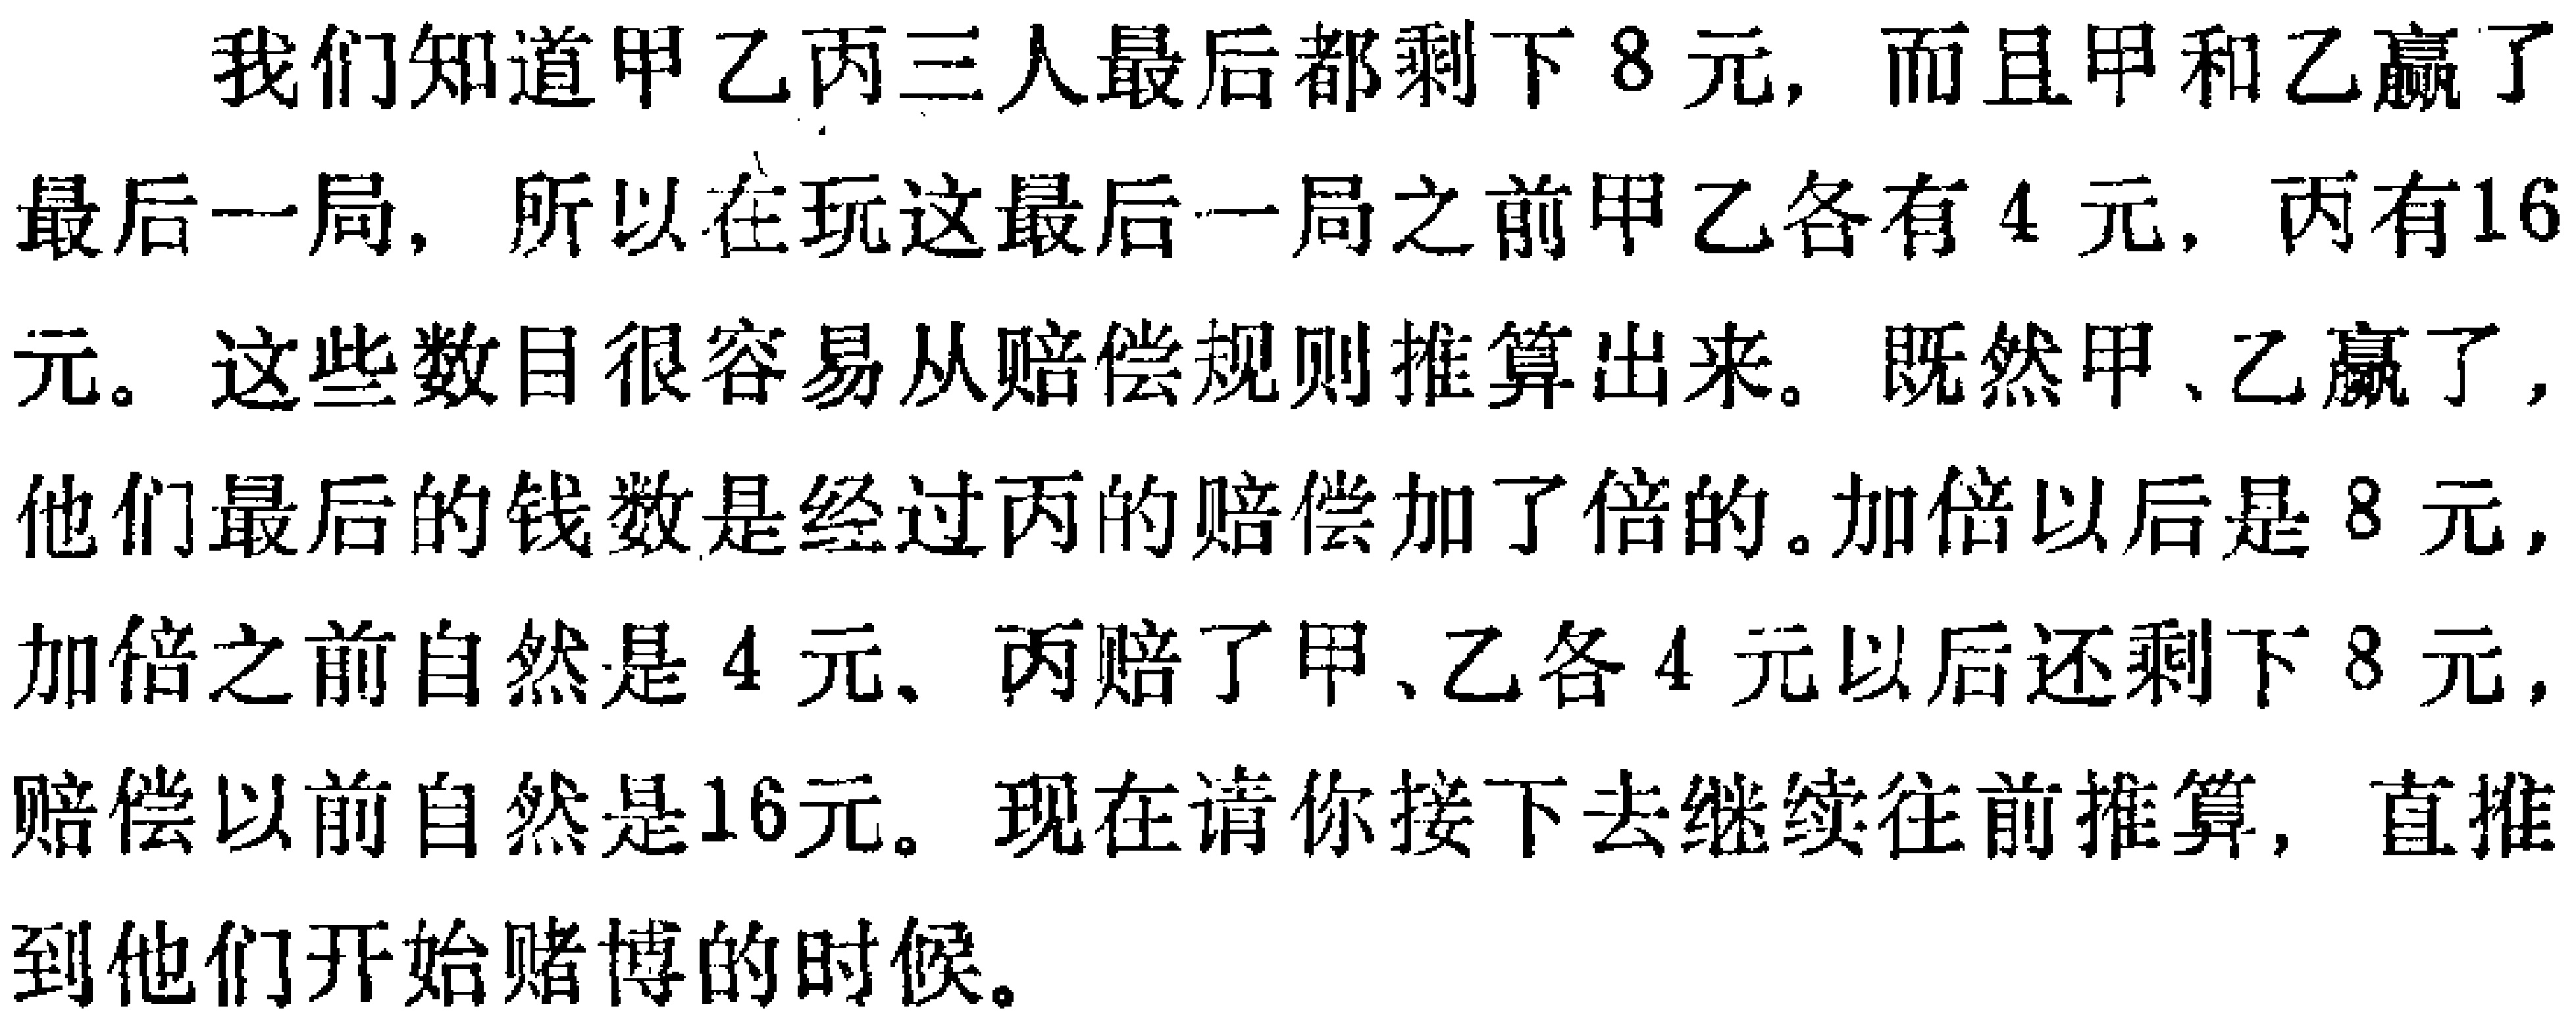
我们知道甲乙丙三人最后都剩下8元, 而且甲和乙赢了
最后一局, 所以在玩这最后一局之前甲乙各有4元, 丙有16
元。这些数目很容易从赔偿规则推算出来。既然甲、乙赢了,
他们最后的钱数是经过丙的赔偿加了倍的。加倍以后是8元,
加倍之前自然是4元、丙赔了甲、乙各4元以后还剩下8元,
赔偿以前自然是16元。现在请你接下去继续往前推算, 直推
到他们开始赌博的时候。